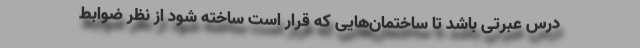
درس عبرتی باشد تا ساختمان‌هایی که قرار است ساخته شود از نظر ضوابط